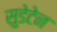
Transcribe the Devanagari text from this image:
सुडेटेन